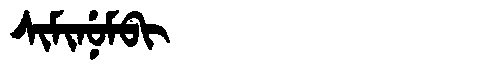
Manchu: ᠰᡳᠮᡳᠨᡠᠮᠪᡳ
Romanization: SIMINUMBI